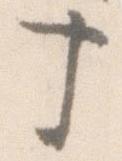
十